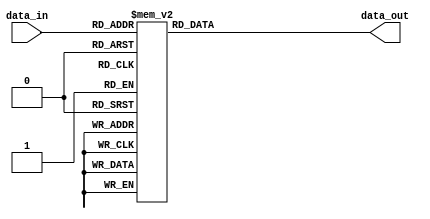

module sbox_dec (input [3:0] data_in, output reg [3:0] data_out);

  always@(*) begin
   case (data_in)

        4'b0000:
                  
          data_out=4'b1001;
           
                
        
	4'b0001:begin
        data_out=4'b0100;
           
                end
           
        4'b0010:begin
         data_out=4'b1111;
           
                end

        4'b0011:begin
        data_out=4'b1010;
           
                end

        4'b0100:begin
        data_out=4'b1110;
           
                end

        4'b0101:begin
       data_out=4'b0001;
           
                end

        4'b0110:begin
       data_out=4'b0000;
           
                end

        4'b0111:begin
         data_out=4'b0110;
           
                end

        4'b1000:begin
          data_out=4'b1100;
           
                end

        4'b1001:begin
         data_out=4'b0111;
           
                end

        4'b1010:begin
          data_out=4'b0011;
           
                end

        4'b1011:begin
         data_out=4'b1000;
           
                end

        4'b1100:begin
      data_out=4'b0010;
          
                end

        4'b1101:begin
        data_out=4'b1011;
           
                end

        4'b1110:begin
        data_out=4'b0101;
          
                end

        4'b1111:begin
      data_out=4'b1101;
           
                end

    endcase
end

endmodule